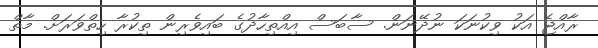
ރާއްޖެ އަކު ވިކުނަކަ ނުދޭނަން. ސާބަސް އިއްތިހާދުގެ ބައިވެރިން ތިކުރާ ހިތްވަރަށް. މާތް